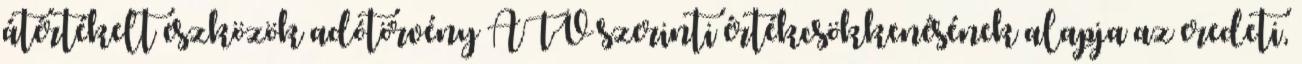
átértékelt eszközök adótörvény ATV szerinti értékcsökkenésének alapja az eredeti,